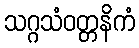
သဂ္ဂသံဝတ္တနိကံ